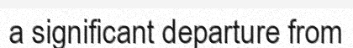
a significant departure from